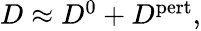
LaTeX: \begin{array}{r}{D\approx D^{0}+D^{\mathrm{pert}},}\end{array}